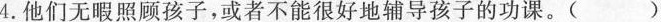
4.他们无暇照顾孩子，或者不能很好地辅导孩子的功课。()